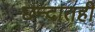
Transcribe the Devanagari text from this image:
छन्दातही